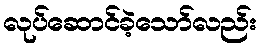
လုပ်ဆောင်ခဲ့သော်လည်း